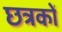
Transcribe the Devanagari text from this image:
छत्रकों